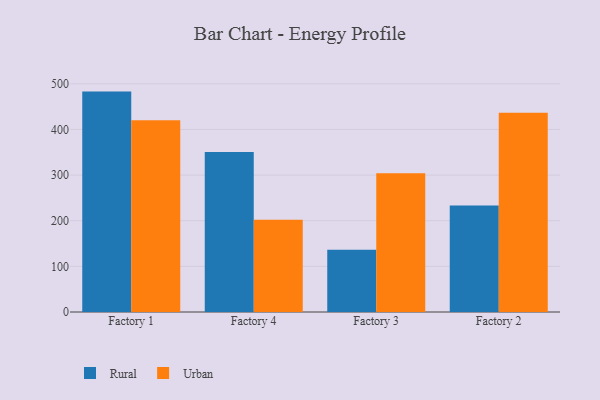
{"axis": {"x": "Factory", "y": "Population (Million)"}, "legend": ["Rural", "Urban"], "data": [{"x": "Factory 1", "y": 482.9, "type": "Rural"}, {"x": "Factory 1", "y": 420.3, "type": "Urban"}, {"x": "Factory 4", "y": 350.7, "type": "Rural"}, {"x": "Factory 4", "y": 202.3, "type": "Urban"}, {"x": "Factory 3", "y": 136.6, "type": "Rural"}, {"x": "Factory 3", "y": 303.8, "type": "Urban"}, {"x": "Factory 2", "y": 233.5, "type": "Rural"}, {"x": "Factory 2", "y": 436.3, "type": "Urban"}]}